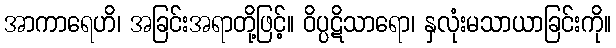
အာကာရေဟိ၊ အခြင်းအရာတို့ဖြင့်။ ဝိပ္ပဋိသာရော၊ နှလုံးမသာယာခြင်းကို။